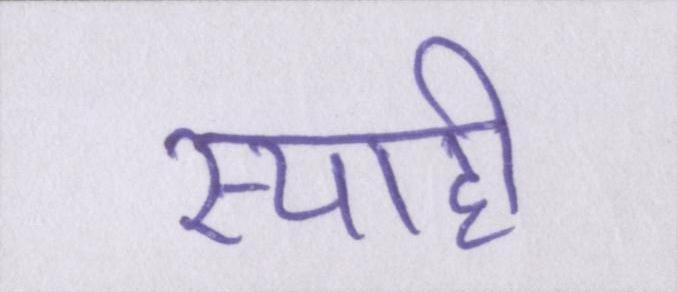
स्याही